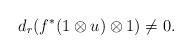
LaTeX: \begin{align*}d_r(f^{*}(1\otimes u)\otimes 1)\not=0.\end{align*}